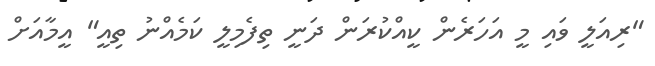
"ރިއަލީ ވައި މީ އަހަރެން ކީއްކުރަން ދަނީ ތިފެމިލީ ކަމެއްނު ތިއީ" އީމާއަށް